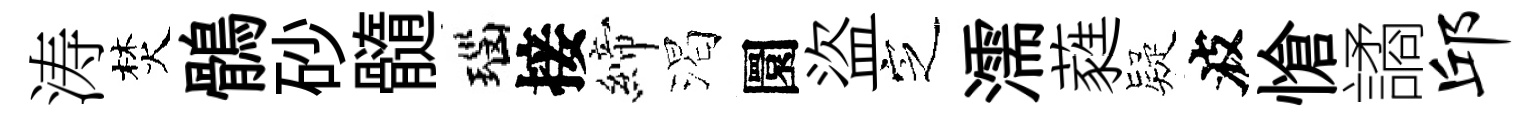
涛焚鶻砂髓瑙接締渴圜盜㝎濡蕤疑波愴譎邱